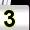
Digit: 3